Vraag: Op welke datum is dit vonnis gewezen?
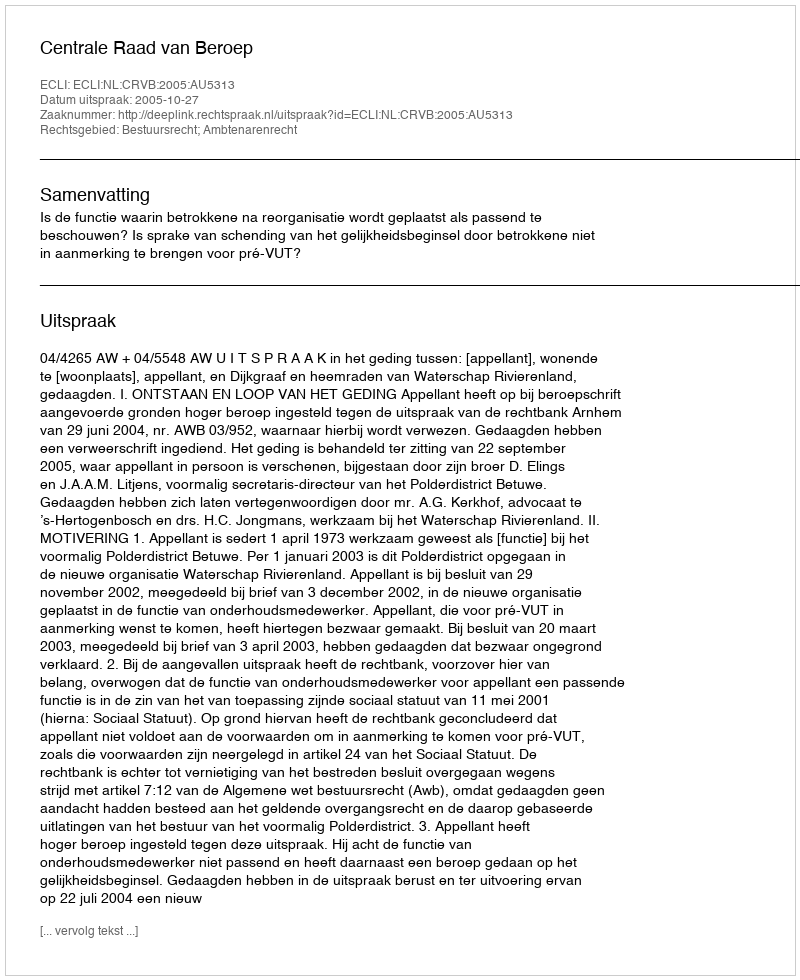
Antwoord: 2005-10-27